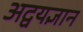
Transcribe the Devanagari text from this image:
अद्वयज्ञान